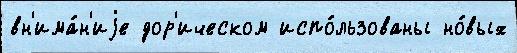
вн'има́н'иjе дор'ическом испо́льзованы но́вых